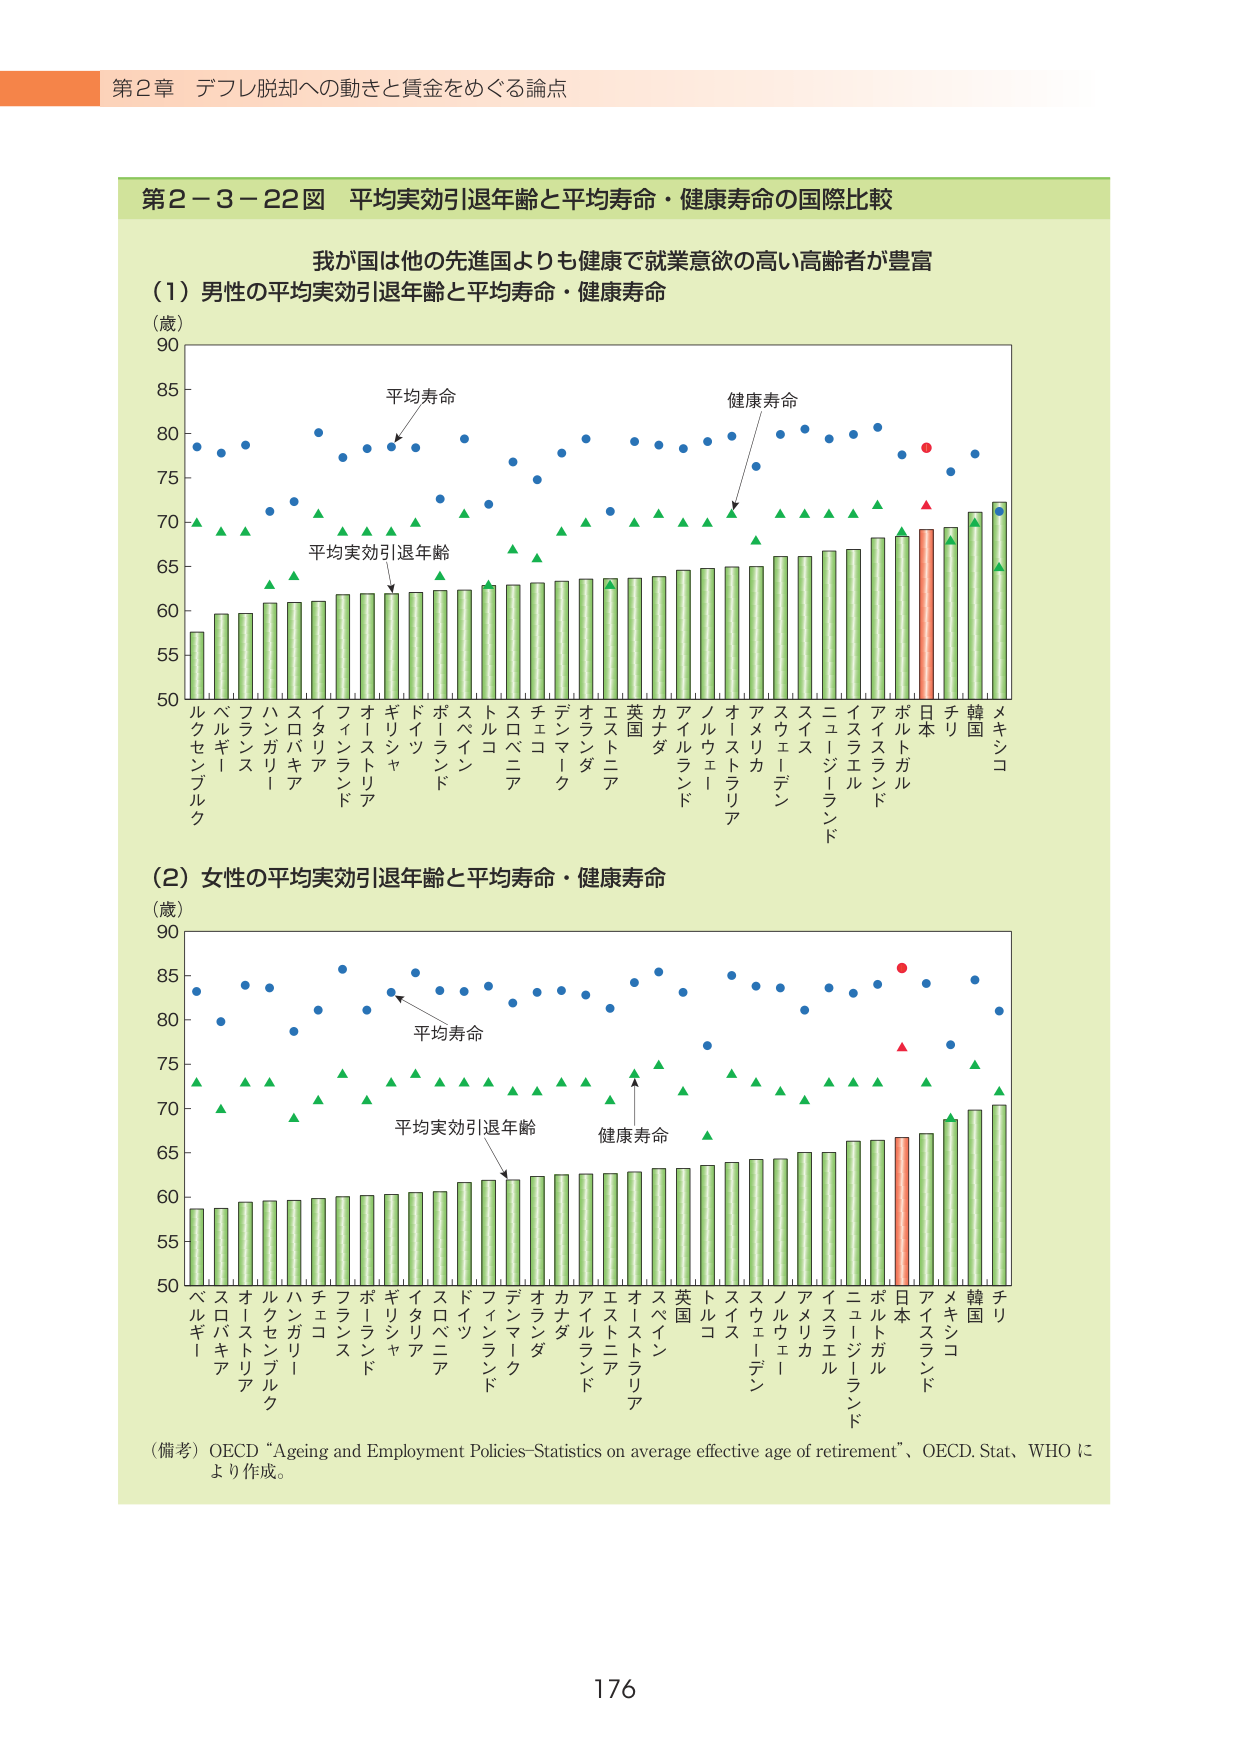
第２章 デフレ脱却への動きと賃金をめぐる論点

第２－３－２２図 平均実効引退年齢と平均寿命・健康寿命の国際比較

我が国は他の先進国よりも健康で就業意欲の高い高齢者が豊富

（1）男性の平均実効引退年齢と平均寿命・健康寿命
（歳）
90
85
80
75
70
65
60
55
50
ルクセンブルク ベルギー フランス ハンガリー スロバキア イタリア フィンランド オーストリア ギリシャ ドイツ ポーランド スペイン トルコ スロベニア チェコ デンマーク オランダ エストニア 英国 カナダ アイルランド ノルウェー オーストラリア アメリカ スウェーデン スイス ニュージーランド イスラエル アイスランド ポルトガル 日本 チリ 韓国 メキシコ
平均寿命
健康寿命
平均実効引退年齢

（2）女性の平均実効引退年齢と平均寿命・健康寿命
（歳）
90
85
80
75
70
65
60
55
50
ベルギー スロバキア オーストリア ルクセンブルク ハンガリー チェコ フランス ポーランド ギリシャ イタリア スロベニア ドイツ フィンランド デンマーク オランダ カナダ アイルランド エストニア オーストラリア スペイン 英国 トルコ スイス スウェーデン ノルウェー アメリカ イスラエル ニュージーランド ポルトガル 日本 アイスランド メキシコ 韓国 チリ
平均寿命
平均実効引退年齢
健康寿命

（備考）OECD “Ageing and Employment Policies–Statistics on average effective age of retirement”、OECD.Stat、WHO により作成。

176